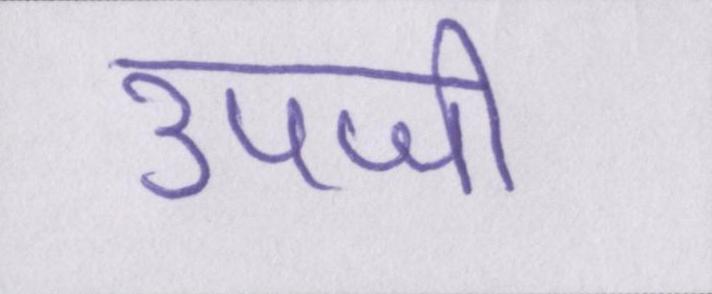
उपजी